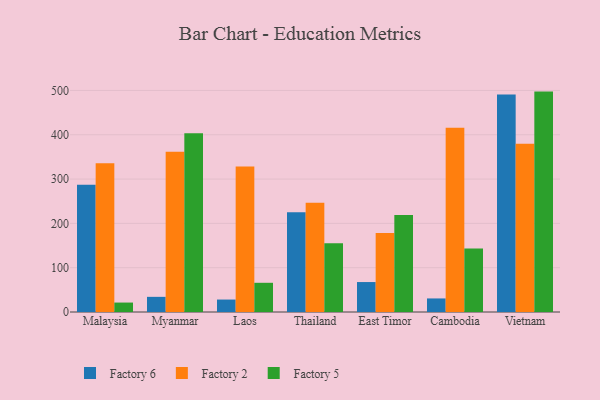
{"axis": {"x": "Country", "y": "Temperature (°C)"}, "legend": ["Factory 2", "Factory 5", "Factory 6"], "data": [{"x": "Malaysia", "y": 287.2, "type": "Factory 6"}, {"x": "Malaysia", "y": 335.7, "type": "Factory 2"}, {"x": "Malaysia", "y": 21.3, "type": "Factory 5"}, {"x": "Myanmar", "y": 34.2, "type": "Factory 6"}, {"x": "Myanmar", "y": 361.8, "type": "Factory 2"}, {"x": "Myanmar", "y": 403.3, "type": "Factory 5"}, {"x": "Laos", "y": 28.1, "type": "Factory 6"}, {"x": "Laos", "y": 328.6, "type": "Factory 2"}, {"x": "Laos", "y": 65.9, "type": "Factory 5"}, {"x": "Thailand", "y": 225.2, "type": "Factory 6"}, {"x": "Thailand", "y": 246.4, "type": "Factory 2"}, {"x": "Thailand", "y": 155.4, "type": "Factory 5"}, {"x": "East Timor", "y": 67.6, "type": "Factory 6"}, {"x": "East Timor", "y": 178.1, "type": "Factory 2"}, {"x": "East Timor", "y": 219.1, "type": "Factory 5"}, {"x": "Cambodia", "y": 30.6, "type": "Factory 6"}, {"x": "Cambodia", "y": 415.6, "type": "Factory 2"}, {"x": "Cambodia", "y": 143.5, "type": "Factory 5"}, {"x": "Vietnam", "y": 491.0, "type": "Factory 6"}, {"x": "Vietnam", "y": 379.5, "type": "Factory 2"}, {"x": "Vietnam", "y": 497.4, "type": "Factory 5"}]}